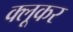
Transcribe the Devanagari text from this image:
क्लूकर